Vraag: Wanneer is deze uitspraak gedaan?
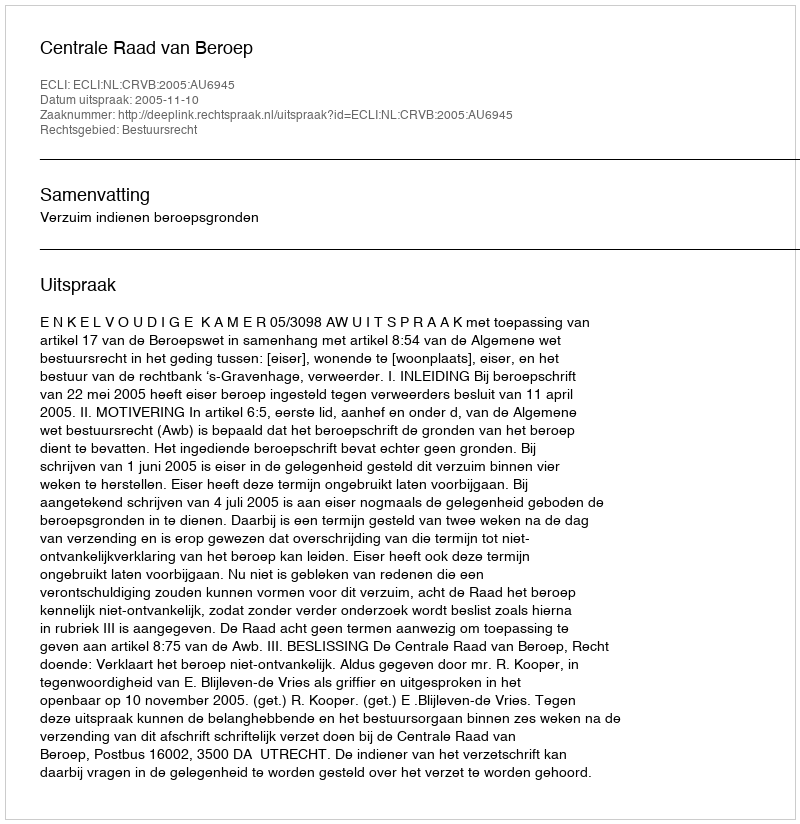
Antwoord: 2005-11-10